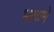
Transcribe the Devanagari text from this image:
भाषामे